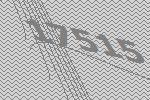
17515